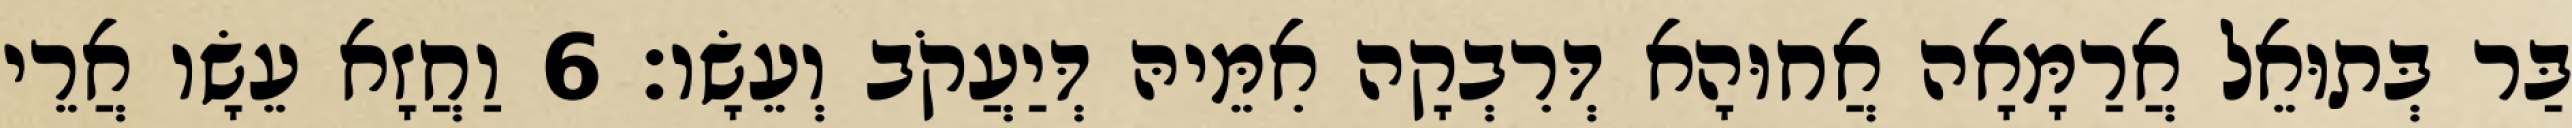
בַּר בְּתוּאֵל אֲרַמָּאָה אֲחוּהָא דְּרִבְקָה אִמֵּיהּ דְּיַעֲקֹב וְעֵשָׂו׃ 6 וַחֲזָא עֵשָׂו אֲרֵי